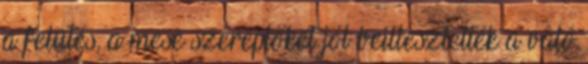
a felütés, a mese szereplőket jól beillesztették a való